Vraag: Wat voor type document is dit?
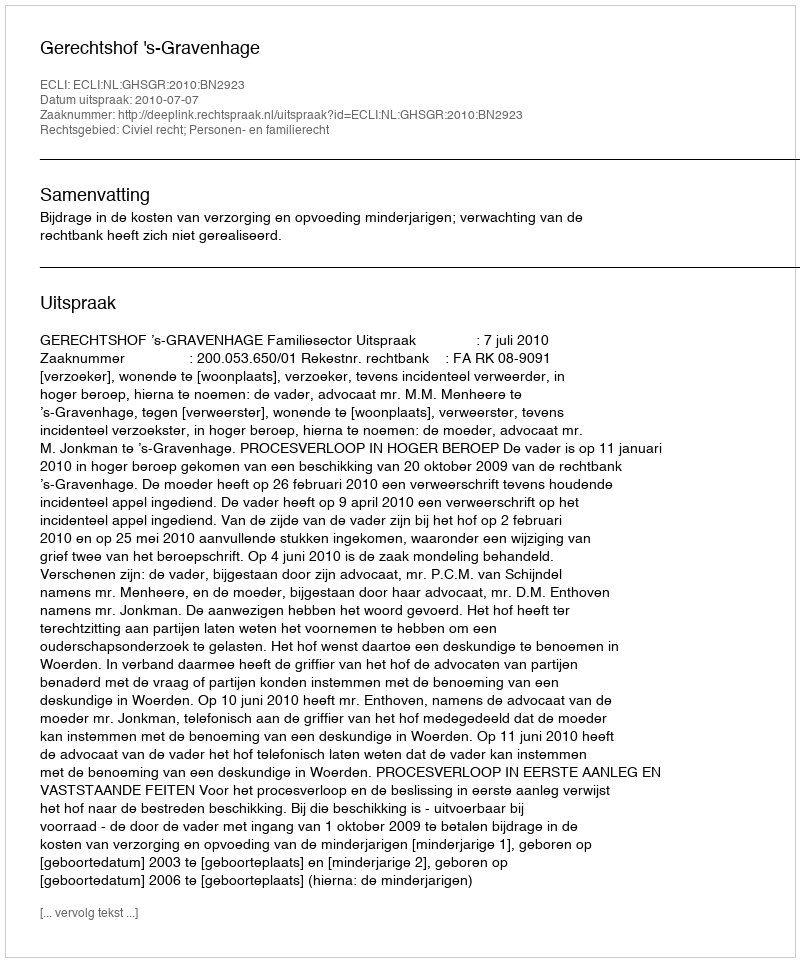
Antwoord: Uitspraak